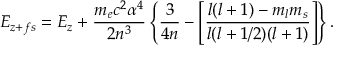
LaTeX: E _ { z + f s } = E _ { z } + { \frac { m _ { e } c ^ { 2 } \alpha ^ { 4 } } { 2 n ^ { 3 } } } \left\{ { \frac { 3 } { 4 n } } - \left[ { \frac { l ( l + 1 ) - m _ { l } m _ { s } } { l ( l + 1 / 2 ) ( l + 1 ) } } \right] \right\} .